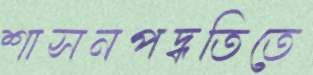
শাসনপদ্ধতিতে